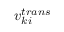
v _ { k i } ^ { t r a n s }